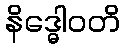
နိဒ္ဓေါဝတိ